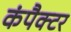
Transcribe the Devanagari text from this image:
कंपैक्टर